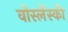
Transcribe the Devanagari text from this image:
वोस्लेंस्की